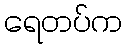
ရေတပ်က